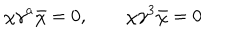
LaTeX: \chi \gamma ^ { a } \bar { \chi } = 0 , \qquad \chi \gamma ^ { 3 } \bar { \chi } = 0